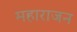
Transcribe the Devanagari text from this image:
महाराजन